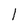
Character: I